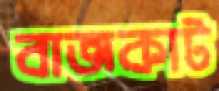
বাজকাট